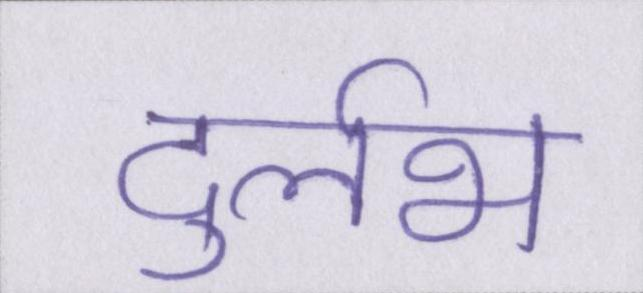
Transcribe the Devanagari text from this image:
दुर्लभ